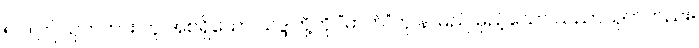
၅၂။ ဤသုတ်ကား ဘူ အစရှိသော သဒ္ဒါတို့ကို “ဓာတ်”ဟု နာမည် မှည့်သော သညာသုတ်တည်း။